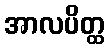
အာလပိတ္ထ